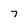
Character: 7